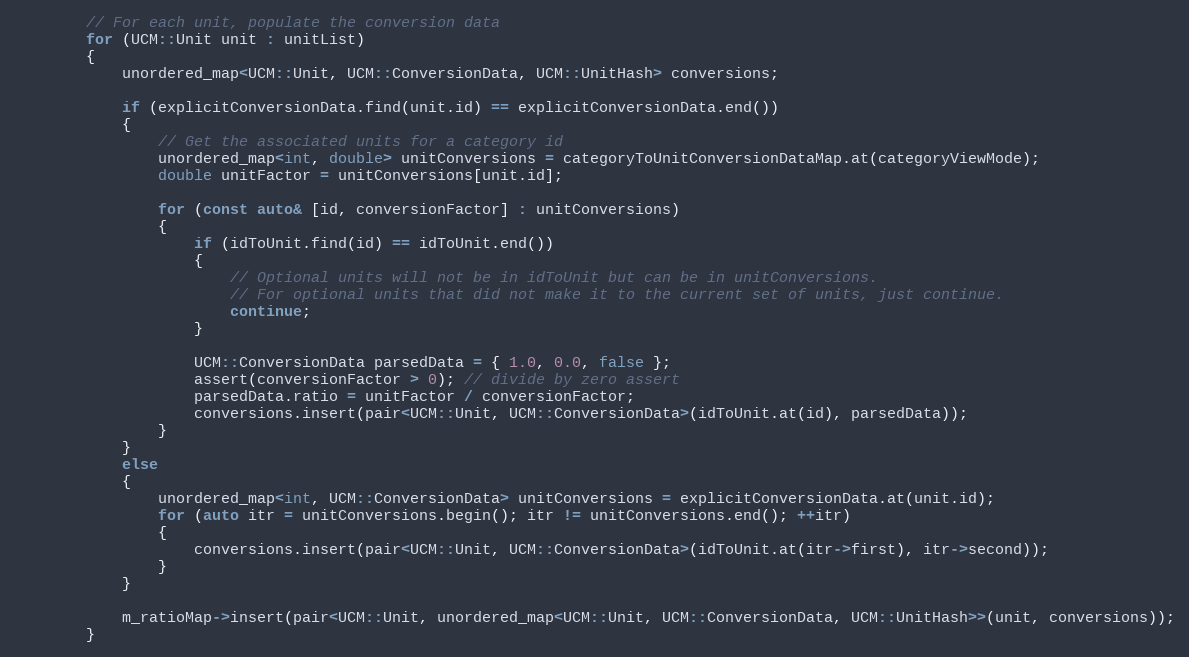
Language: C++
        // For each unit, populate the conversion data
        for (UCM::Unit unit : unitList)
        {
            unordered_map<UCM::Unit, UCM::ConversionData, UCM::UnitHash> conversions;

            if (explicitConversionData.find(unit.id) == explicitConversionData.end())
            {
                // Get the associated units for a category id
                unordered_map<int, double> unitConversions = categoryToUnitConversionDataMap.at(categoryViewMode);
                double unitFactor = unitConversions[unit.id];

                for (const auto& [id, conversionFactor] : unitConversions)
                {
                    if (idToUnit.find(id) == idToUnit.end())
                    {
                        // Optional units will not be in idToUnit but can be in unitConversions.
                        // For optional units that did not make it to the current set of units, just continue.
                        continue;
                    }

                    UCM::ConversionData parsedData = { 1.0, 0.0, false };
                    assert(conversionFactor > 0); // divide by zero assert
                    parsedData.ratio = unitFactor / conversionFactor;
                    conversions.insert(pair<UCM::Unit, UCM::ConversionData>(idToUnit.at(id), parsedData));
                }
            }
            else
            {
                unordered_map<int, UCM::ConversionData> unitConversions = explicitConversionData.at(unit.id);
                for (auto itr = unitConversions.begin(); itr != unitConversions.end(); ++itr)
                {
                    conversions.insert(pair<UCM::Unit, UCM::ConversionData>(idToUnit.at(itr->first), itr->second));
                }
            }

            m_ratioMap->insert(pair<UCM::Unit, unordered_map<UCM::Unit, UCM::ConversionData, UCM::UnitHash>>(unit, conversions));
        }